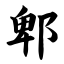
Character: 郫